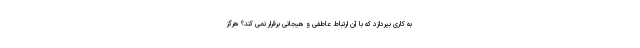
به کاری بپردازد که با آن ارتباط عاطفی و هیجانی برقرار نمی کند؟ هرگز